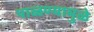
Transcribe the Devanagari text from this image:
पाळण्यामुळे